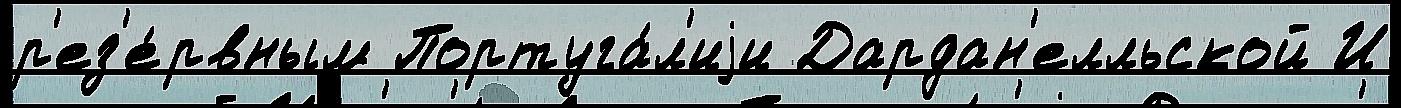
р'ез'е́рвным Португа́л'иjи Дардан'елльской И